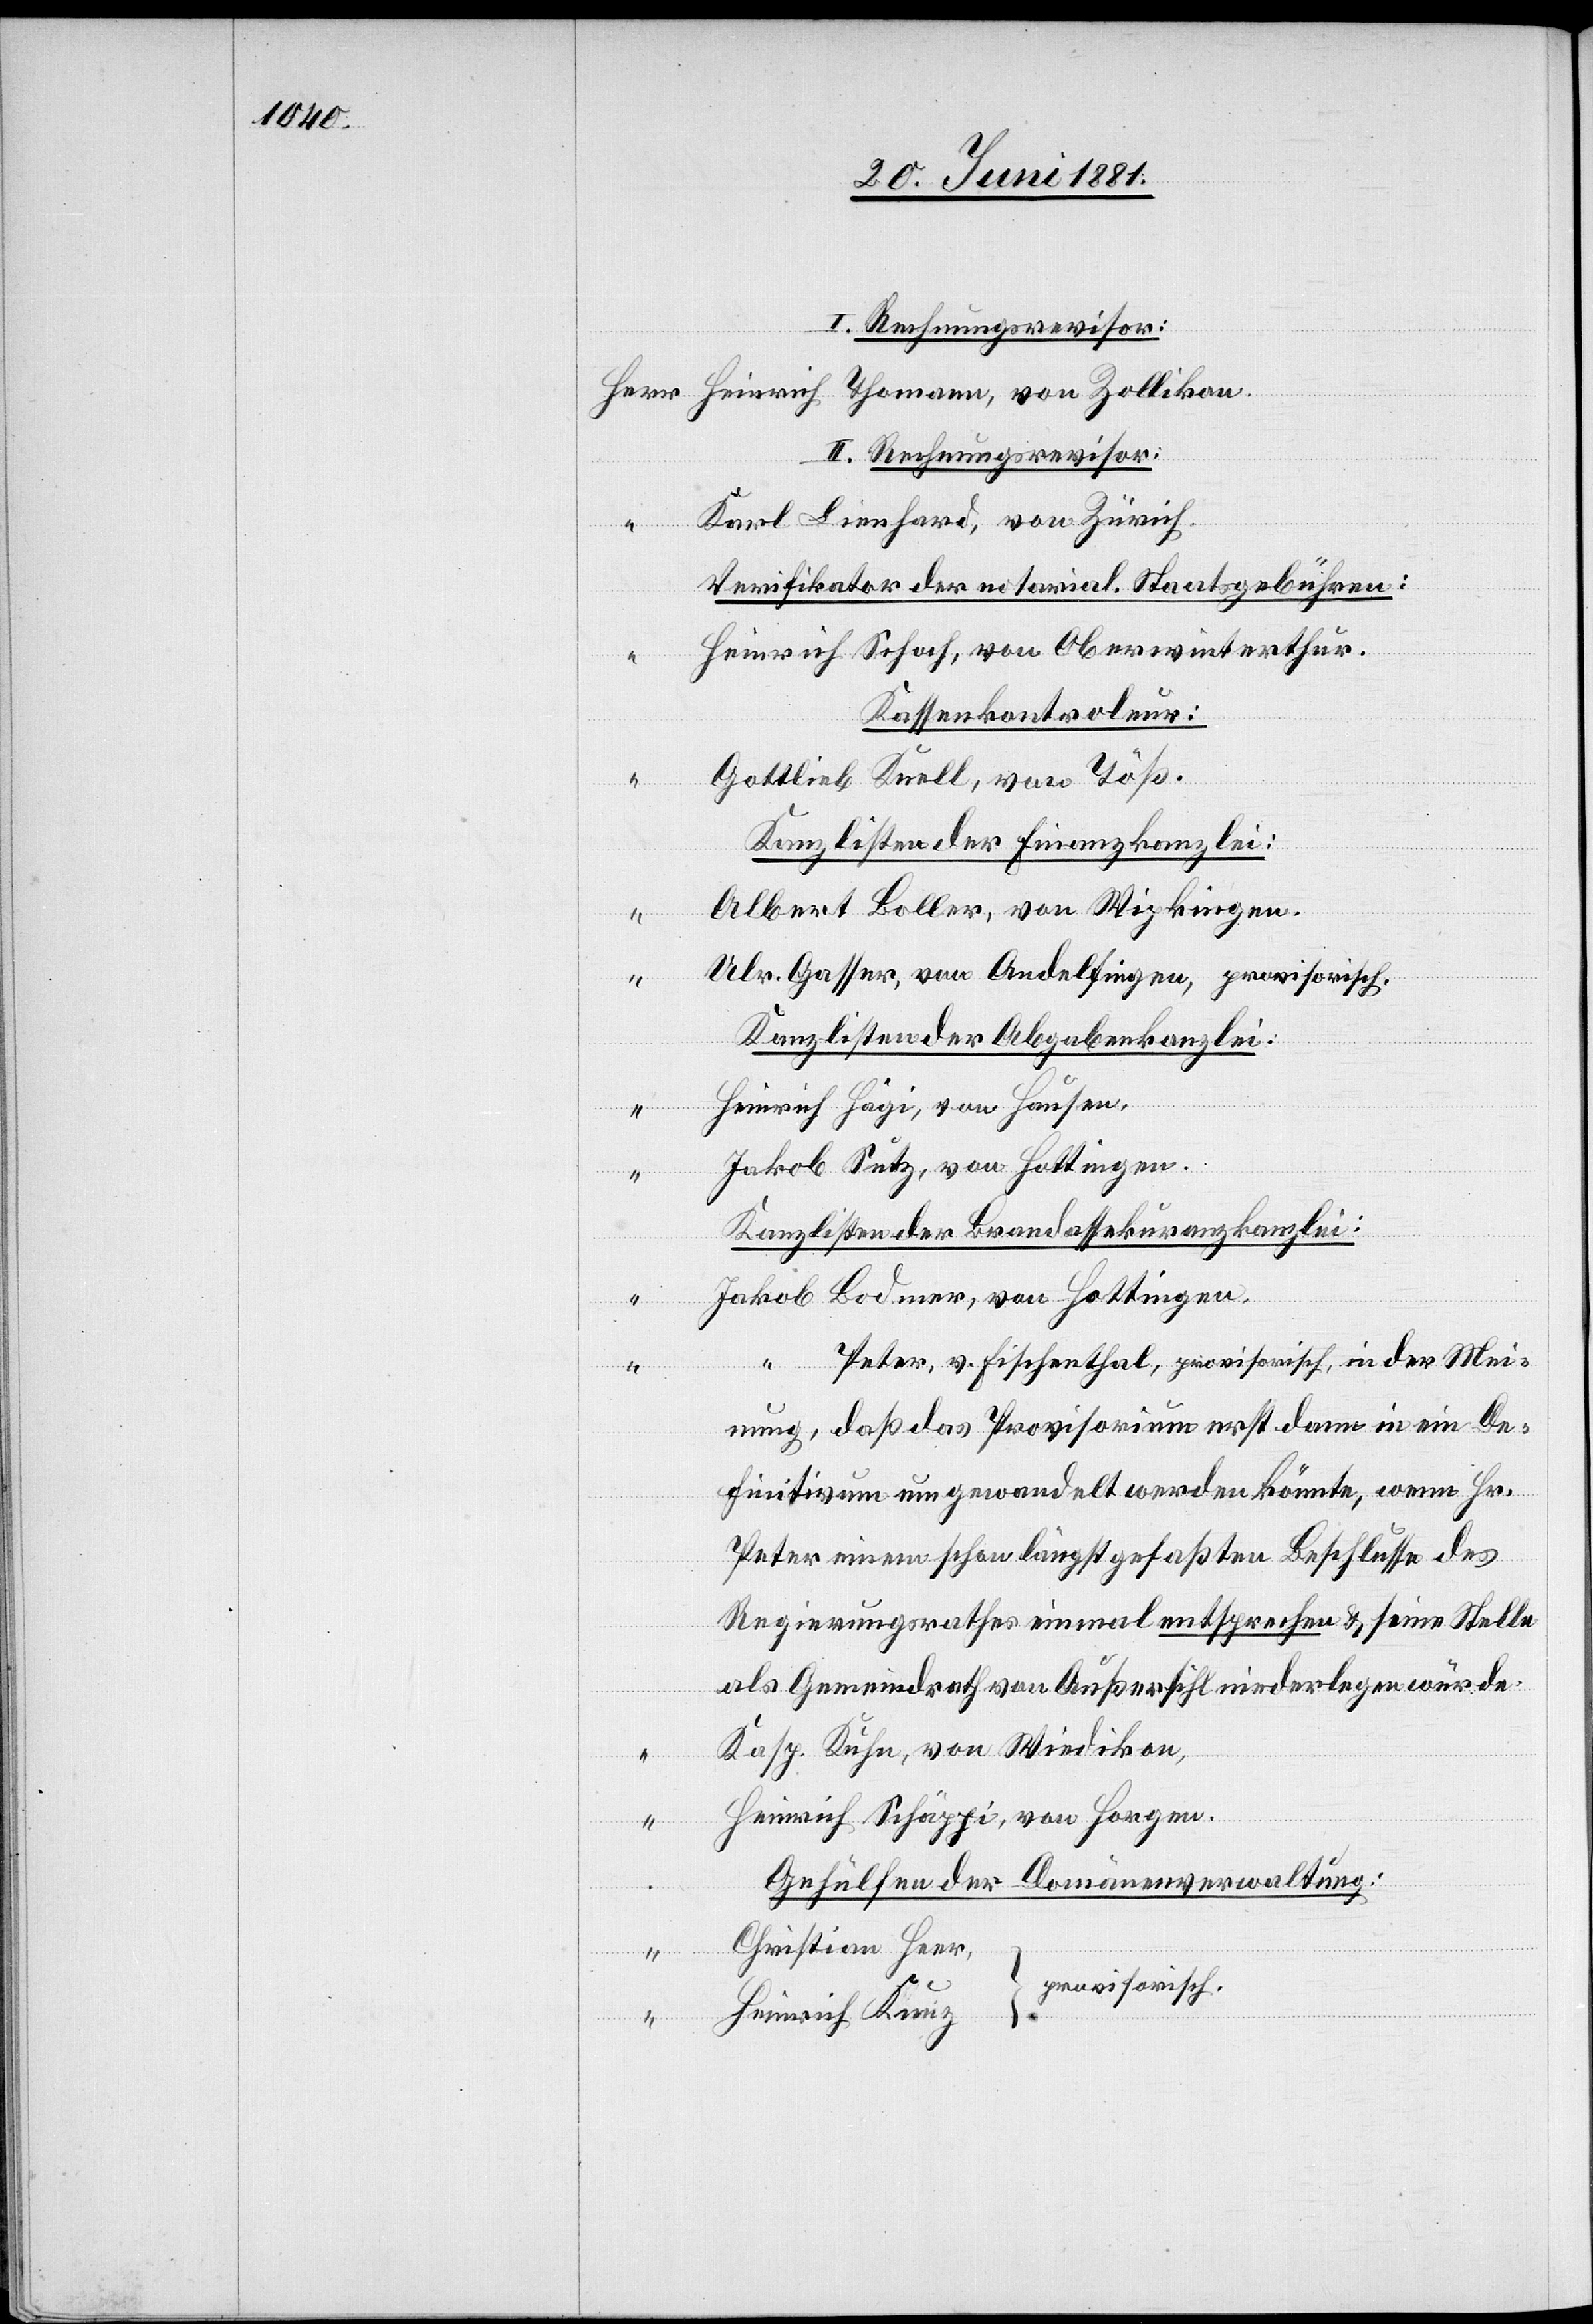
von

II. Rechnungsrevisor:
Karl Lienhard, von Zürich.
Verifikator der notarial. Staatsgebühren:
Heinrich Schoch, von Oberwinterthur.
Herr
Kassenkontroleur:
Gottlieb Knell, von Töß.
Kanzlisten der Finanzkanzlei:
Albert Boller, von Wipkingen.
Ulr. Gasser, von Andelfingen, provisorisch.
Kanzlisten der Abgabekanzlei:
Heinrich Hägi, von Hausen.
Jakob Seitz, von Hottingen.
Kanzlisten der Brandassekuranzkanzlei:
Jakob Bodmer, von Hottingen.
“ Peter, v. Fischenthal, provisorisch, in der Mei¬
nung, daß das Provisorium erste dann in ein De¬
finitivum umgewandelt werden könnte, wenn Hr.
Peter einen schon längst gefaßten Beschlusse des
Regierungsrathes einmal entsprechen & seine Stelle
als Gemeindrath von Außersihl niederlegen würde.
Kasp. Kuhn, von Wiedikon,
Heinrich Schäppi, von Horgen.
Gehülfen der Domänenverwaltung:
Christian Heer,
provisorisch
Heinrich Thomann,